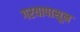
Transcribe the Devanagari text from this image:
गरयापासून